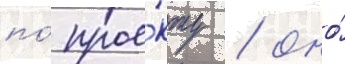
по́ прое́кту / оно́